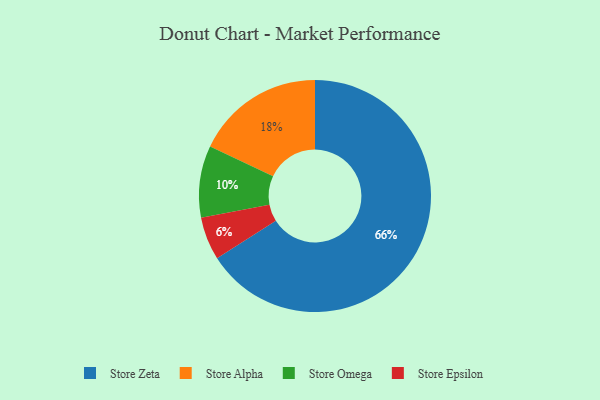
{"axis": {"x": "Category", "y": "Percentage"}, "legend": ["Store Alpha", "Store Epsilon", "Store Omega", "Store Zeta"], "data": [{"x": "Store Alpha", "y": 18, "type": "Store Alpha"}, {"x": "Store Epsilon", "y": 6, "type": "Store Epsilon"}, {"x": "Store Omega", "y": 10, "type": "Store Omega"}, {"x": "Store Zeta", "y": 66, "type": "Store Zeta"}]}